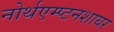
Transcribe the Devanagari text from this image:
नोर्थएम्प्टनशायर